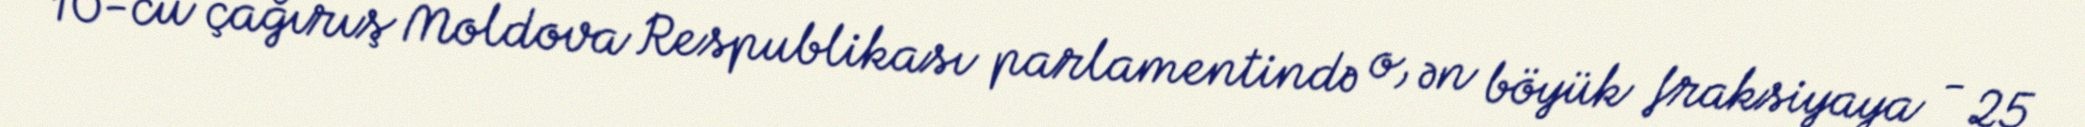
10-cu çağırış Moldova Respublikası parlamentində o, ən böyük fraksiyaya - 25